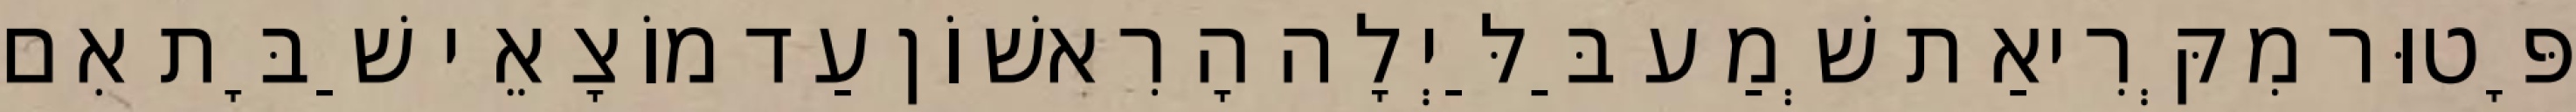
פָּטוּר מִקְּרִיאַת שְׁמַע בַּלַּיְלָה הָרִאשׁוֹן עַד מוֹצָאֵי שַׁבָּת אִם